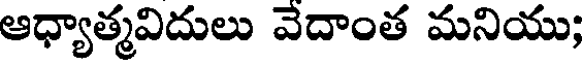
ఆధ్యాత్మవిదులు వెదాంత మనియు;